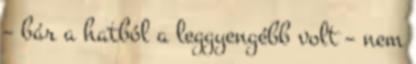
– bár a hatból a leggyengébb volt – nem